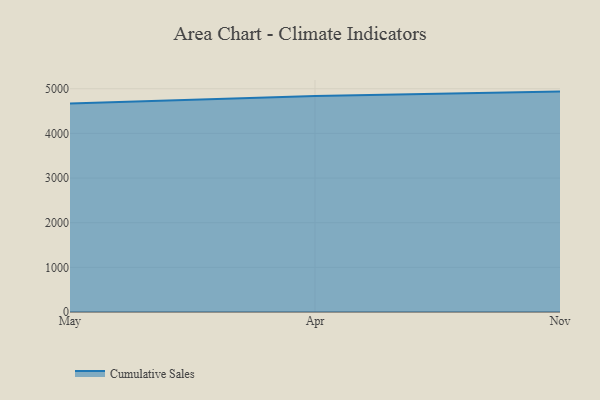
{"axis": {"x": "Month", "y": "Bounce Rate (%)"}, "legend": ["Cumulative Sales"], "data": [{"x": "May", "y": 4672.7, "type": "Cumulative Sales"}, {"x": "Apr", "y": 4837.4, "type": "Cumulative Sales"}, {"x": "Nov", "y": 4936.5, "type": "Cumulative Sales"}]}